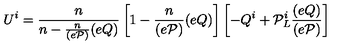
U ^ { i } = \frac { n } { n - \frac { n } { ( e { \cal P } ) } ( e Q ) } \left[ 1 - \frac { n } { ( e { \cal P } ) } ( e Q ) \right] \left[ - Q ^ { i } + { \cal P } _ { L } ^ { i } \frac { ( e Q ) } { ( e { \cal P } ) } \right]